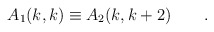
\begin{align*}A_{1}(k,k)\equiv A_{2}(k,k+2)\qquad . \end{align*}